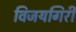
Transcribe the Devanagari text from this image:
विजयगिरी